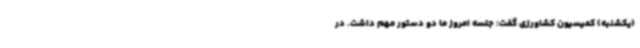
(یکشنبه) کمیسیون کشاورزی گفت: جلسه امروز ما دو دستور مهم داشت. در